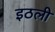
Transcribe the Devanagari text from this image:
इठली